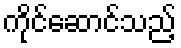
ကိုင်ဆောင်သည့်